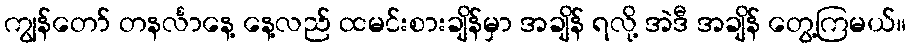
ကျွန်တော် တနင်္လာနေ့ နေ့လည် ထမင်းစားချိန်မှာ အချိန် ရလို့ အဲဒီ အချိန် တွေ့ကြမယ်။